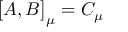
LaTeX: \bigl \lbrack A , B \bigr \rbrack _ { \mu } = C _ { \mu }